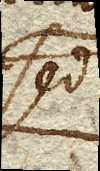
sed